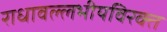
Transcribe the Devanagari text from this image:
राधावल्लभीयविरक्त